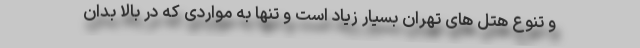
و تنوع هتل ‌های تهران بسیار زیاد است و تنها به مواردی که در بالا بدان